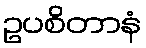
ဥပစိတာနံ